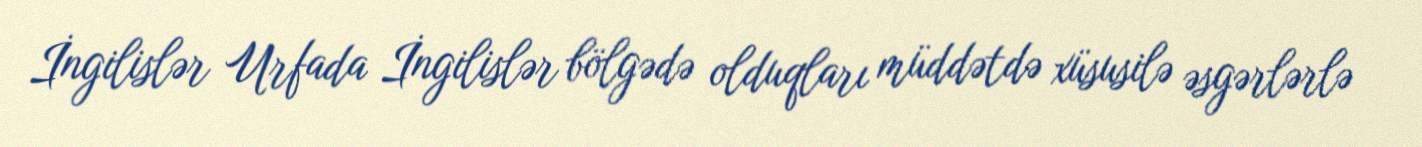
İngilislər Urfada İngilislər bölgədə olduqları müddətdə xüsusilə əsgərlərlə